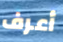
أعرف